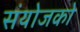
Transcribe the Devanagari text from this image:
संयोजको